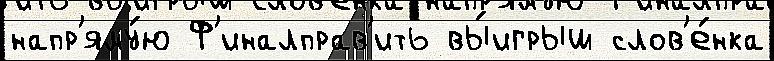
напр'яму́ю Ф'иналправ'ить вы́игрыш слов'е́нка